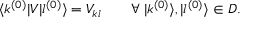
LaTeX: \langle k ^ { ( 0 ) } | V | l ^ { ( 0 ) } \rangle = V _ { k l } \qquad \forall \; | k ^ { ( 0 ) } \rangle , | l ^ { ( 0 ) } \rangle \in D .